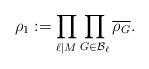
\begin{align*}\rho_1:=\prod_{\ell\mid M} \prod_{G\in \mathcal{B}_{\ell}} \overline{\rho_G}.\end{align*}